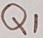
Text: Q1